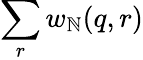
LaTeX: \sum_{r}w_{\mathbb{N}}(q,r)